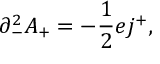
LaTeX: { \partial } _ { - } ^ { 2 } A _ { + } = - \frac { 1 } { 2 } e j ^ { + } ,